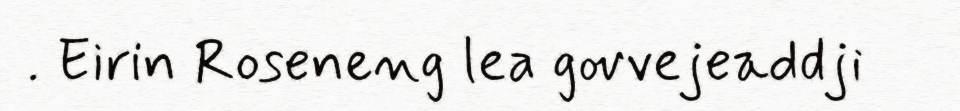
. Eirin Roseneng lea govvejeaddji